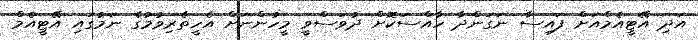
އަދި އޭޓީއެމްއަށް ފައިސާ ނަގަންދާ ހާއްސަކޮށް ދުވަސްވީ މީހުންނަށް އެހީތެރިވުމުގެ ނަމުގައި އޭޓީއެމް